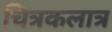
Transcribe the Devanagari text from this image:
चित्रकलात्र